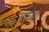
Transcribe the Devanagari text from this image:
ज़ख्‍मों